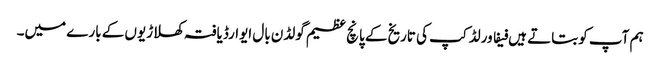
ہم آپ کو بتاتے ہیں فیفا ورلڈ کپ کی تاریخ کے پانچ عظیم گولڈن بال ایوارڈیافتہ کھلاڑیوں کے بارے میں۔